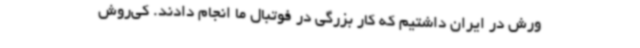
ورش در ایران داشتیم که کار بزرگی در فوتبال ما انجام دادند. کی‌روش